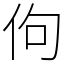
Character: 佝